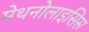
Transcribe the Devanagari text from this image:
मेथनोलाइसिस